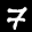
Label: 7